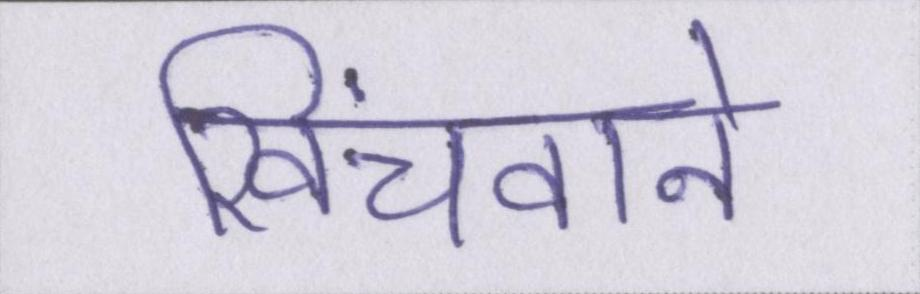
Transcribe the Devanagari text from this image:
खिंचवाने